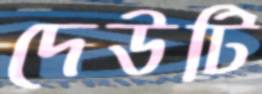
দেউটি